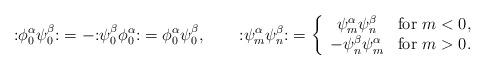
LaTeX: \begin{align*} \mathopen: \phi^\alpha_0 \psi^\beta_0 \mathclose: = -\mathopen: \psi^\beta_0 \phi^\alpha_0 \mathclose: = \phi^\alpha_0 \psi^\beta_0, \qquad \mathopen: \psi^\alpha_m \psi^\beta_n \mathclose: = \left\{ \begin{array}{cl} \psi^\alpha_m \psi^\beta_n & \hbox{for $m<0$}, \\ -\psi^\beta_n \psi^\alpha_m & \hbox{for $m>0$}. \end{array} \right.\end{align*}